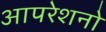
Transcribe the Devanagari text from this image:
आपरेशनो